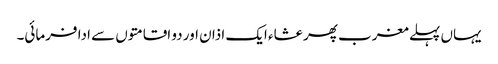
یہاں پہلے مغرب پھر عشاء ایک اذان اور دو اقامتوں سے ادا فرمائی۔